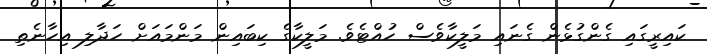
ކައިރީގައި ގެންގުޅެން ގެނައި މަލީކާވެސް ހުއްޓެވެ. މަލީކާގެ ކިބައިން މަންމައަށް ހަދާލި އިހާނެތި